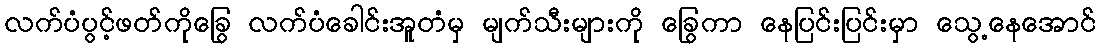
လက်ပံပွင့်ဖတ်ကိုခြွေ လက်ပံခေါင်းအူတံမှ မျက်သီးများကို ခြွေကာ နေပြင်းပြင်းမှာ သွေ့နေအောင်